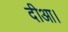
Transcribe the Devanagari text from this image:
दीआ।